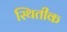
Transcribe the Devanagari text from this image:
स्थितीक